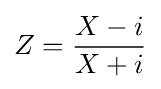
Z={\frac {X-i}{X+i}}